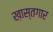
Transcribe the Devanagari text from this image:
ख़ास्तगार